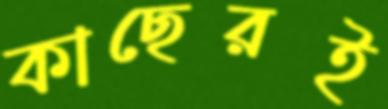
কাছেরই